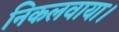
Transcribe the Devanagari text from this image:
निकलवाया।